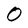
Character: 0